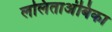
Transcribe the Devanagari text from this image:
ललिताअंबिका